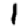
Digit: 1